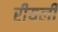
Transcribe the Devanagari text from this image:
रीयली